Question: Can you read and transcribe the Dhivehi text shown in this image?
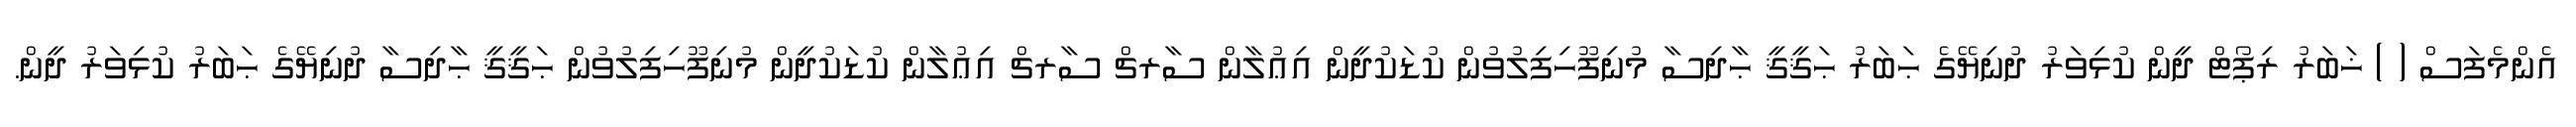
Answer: އެންމެފަސް ( ) ޚަބަރު ރިޕޯޓް ދީން ކުޅިވަރު ދުނިޔޭގެ ޙަބަރު ޙަޤީޤީ ޙާދިސާ މުނިފޫހިފިލުވުން ކުޑަކުދީން އިޢުލާން ސާރޗް ސާރޗް އިޢުލާން ކުޑަކުދީން މުނިފޫހިފިލުވުން ޙަޤީޤީ ޙާދިސާ ދުނިޔޭގެ ޙަބަރު ކުޅިވަރު ދީން.